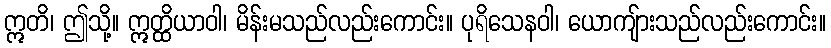
ဣတိ၊ ဤသို့။ ဣတ္ထိယာဝါ၊ မိန်းမသည်လည်းကောင်း။ ပုရိသေနဝါ၊ ယောကျ်ားသည်လည်းကောင်း။